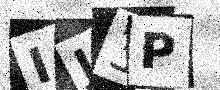
Text: IJ3P